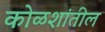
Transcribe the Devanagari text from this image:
कोळशांतील